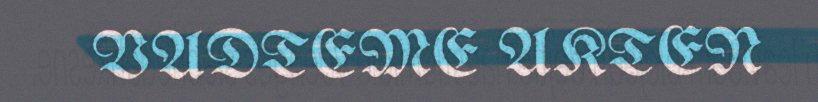
VADTEME AKTEN